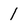
Character: 1